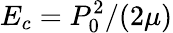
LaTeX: E_{c}=P_{0}^{2}/(2\mu)